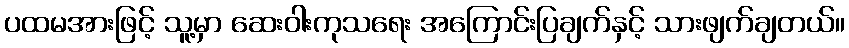
ပထမအားဖြင့် သူ့မှာ ဆေးဝါးကုသရေး အကြောင်းပြချက်နှင့် သားဖျက်ချတယ်။